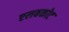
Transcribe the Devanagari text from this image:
एलबकोट